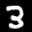
Label: 3